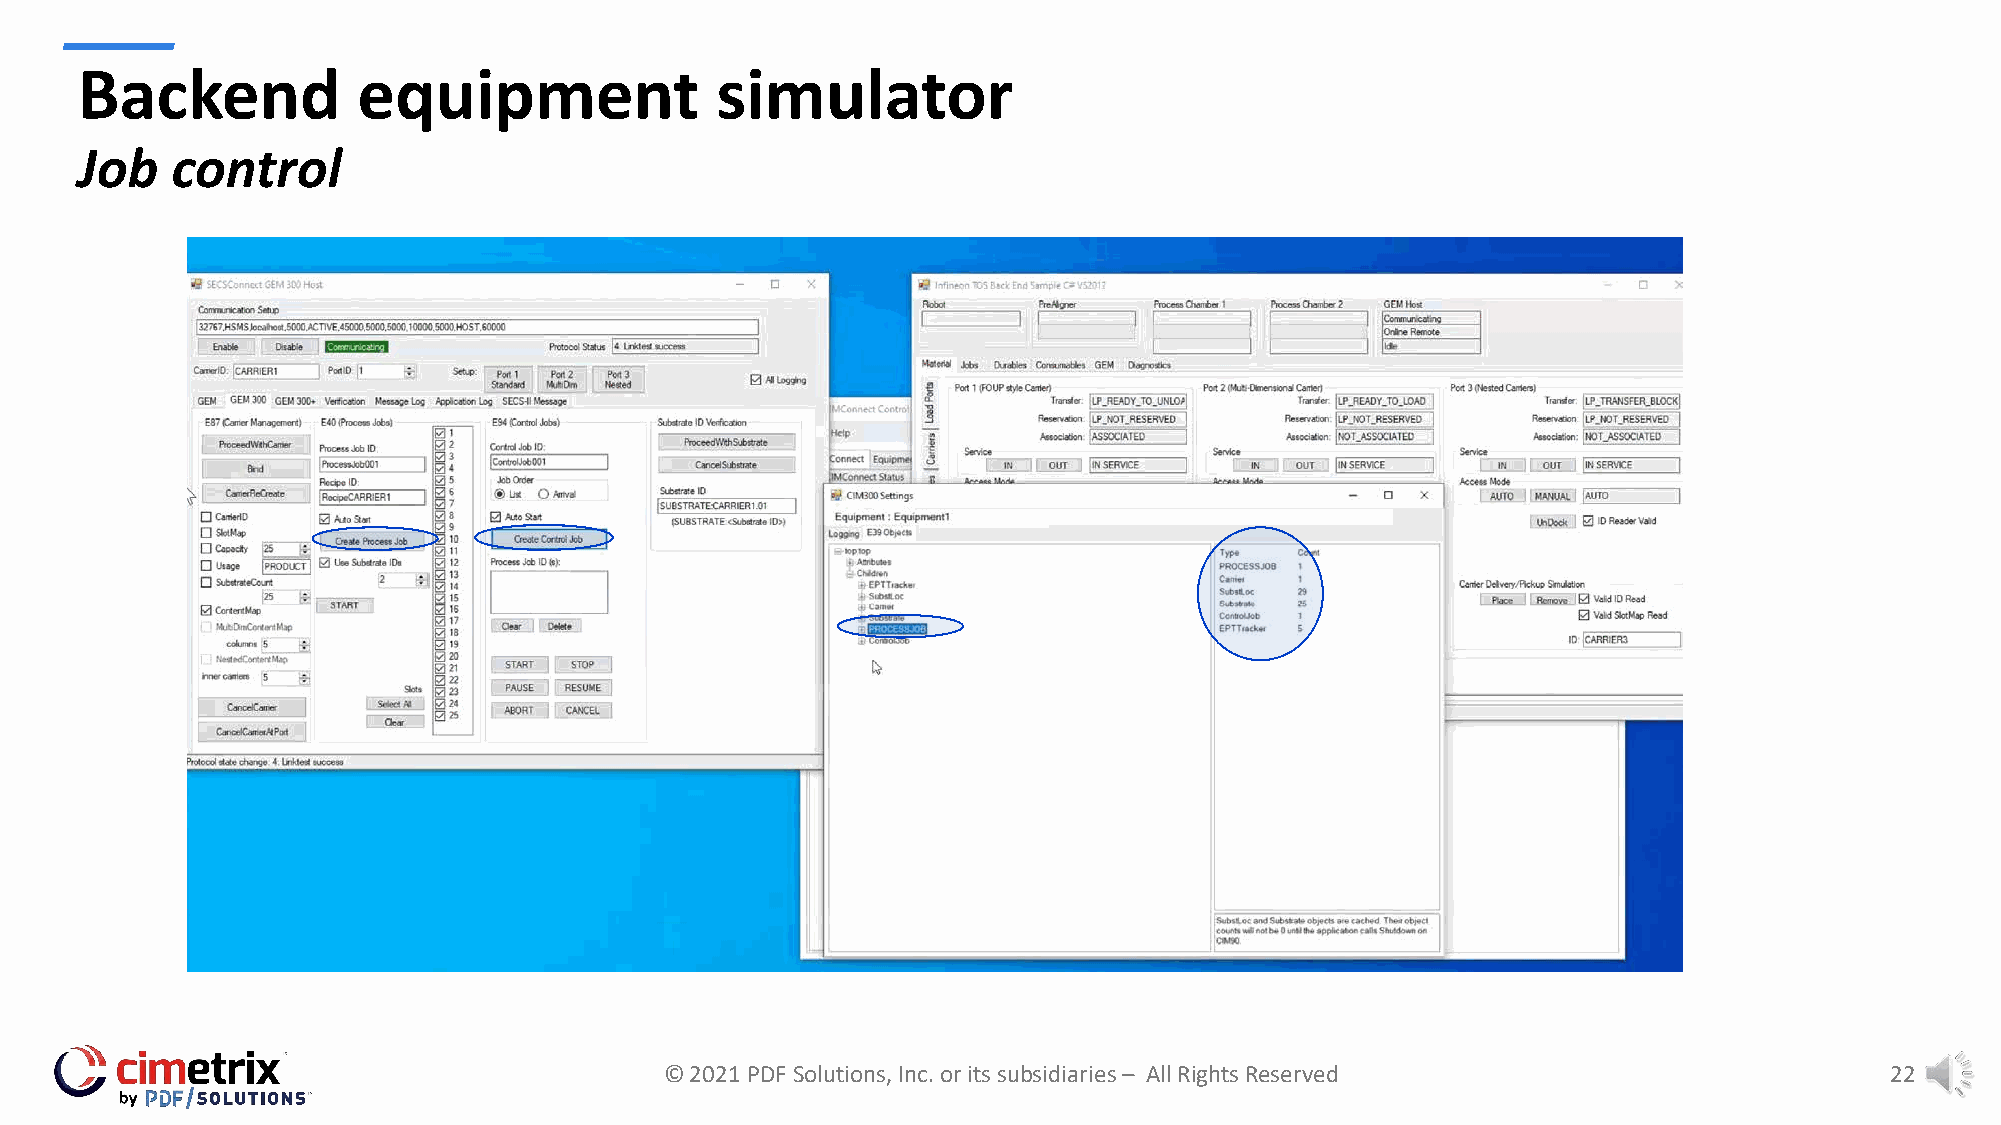
Backend            equipment              simulator
 Job   control
 © 2021 PDF Solutions, Inc. or its subsidiaries – All Rights Reserved             22